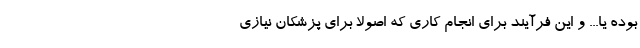
بوده یا... و این فرآیند برای انجام کاری که اصولاً برای پزشکان نیازی